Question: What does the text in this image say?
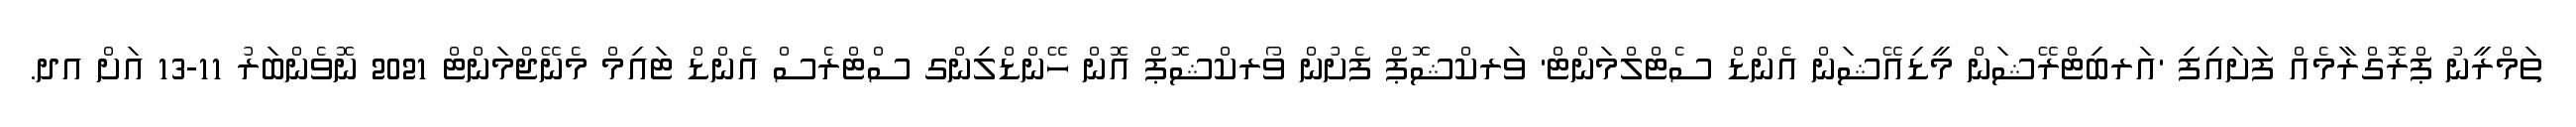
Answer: ތަމްރީނު ޕްރޮގްރާމެއް ފަށައިފި 'އަރބިޓްރޭޝަން މީޑިއޭޝަން އެންޑް ސެޓްލްމަންޓް' ވަރކްޝޮޕް ފެށުން ވޯރކްޝޮޕް އޮން ހޭންޑްލިންގ ސްޓްރެސް އެންޑް ޓައިމް މެނޭޖްމަންޓް 2021 ނޮވެންބަރު 11-13 އަށް އދ.